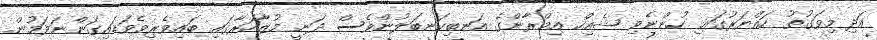
އަދި މިވަގުތު ހައްޔަރުގައި ހުންނެވި ޝެއިހް އިމްރާންގެ އަނބިކަނބަލުންވެސް ދަނީ މުޒާހަރާގައި ބައިވެރިވެވަޑައިގަންނަވަމުން.